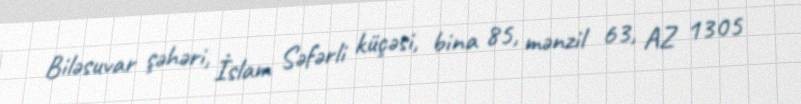
Biləsuvar şəhəri, İslam Səfərli küçəsi, bina 85, mənzil 63, AZ 1305